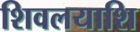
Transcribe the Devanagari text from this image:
शिवलयाशि